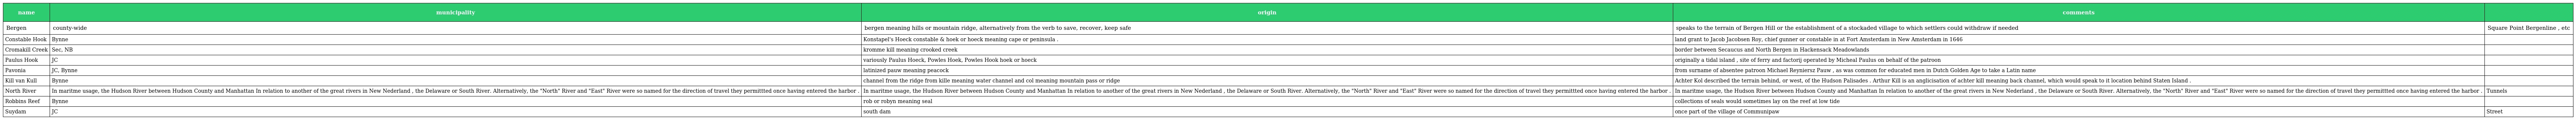
| name | municipality | origin | comments |  |
 | --- | --- | --- | --- | --- |
 | Bergen | county-wide | bergen meaning hills or mountain ridge, alternatively from the verb to save, recover, keep safe | speaks to the terrain of Bergen Hill or the establishment of a stockaded village to which settlers could withdraw if needed | Square Point Bergenline , etc |
 | Constable Hook | Bynne | Konstapel's Hoeck constable & hoek or hoeck meaning cape or peninsula . | land grant to Jacob Jacobsen Roy, chief gunner or constable in at Fort Amsterdam in New Amsterdam in 1646 |  |
 | Cromakill Creek | Sec, NB | kromme kill meaning crooked creek | border between Secaucus and North Bergen in Hackensack Meadowlands |  |
 | Paulus Hook | JC | variously Paulus Hoeck, Powles Hoek, Powles Hook hoek or hoeck | originally a tidal island , site of ferry and factorij operated by Micheal Paulus on behalf of the patroon |  |
 | Pavonia | JC, Bynne | latinized pauw meaning peacock | from surname of absentee patroon Michael Reyniersz Pauw , as was common for educated men in Dutch Golden Age to take a Latin name |  |
 | Kill van Kull | Bynne | channel from the ridge from kille meaning water channel and col meaning mountain pass or ridge | Achter Kol described the terrain behind, or west, of the Hudson Palisades . Arthur Kill is an anglicisation of achter kill meaning back channel, which would speak to it location behind Staten Island . |  |
 | North River | In maritme usage, the Hudson River between Hudson County and Manhattan In relation to another of the great rivers in New Nederland , the Delaware or South River. Alternatively, the "North" River and "East" River were so named for the direction of travel they permittted once having entered the harbor . | In maritme usage, the Hudson River between Hudson County and Manhattan In relation to another of the great rivers in New Nederland , the Delaware or South River. Alternatively, the "North" River and "East" River were so named for the direction of travel they permittted once having entered the harbor . | In maritme usage, the Hudson River between Hudson County and Manhattan In relation to another of the great rivers in New Nederland , the Delaware or South River. Alternatively, the "North" River and "East" River were so named for the direction of travel they permittted once having entered the harbor . | Tunnels |
 | Robbins Reef | Bynne | rob or robyn meaning seal | collections of seals would sometimes lay on the reef at low tide |  |
 | Suydam | JC | south dam | once part of the village of Communipaw | Street |